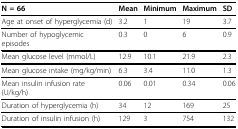
<table><thead><tr><td><b>N = 66</b></td><td><b>Mean</b></td><td><b>Minimum</b></td><td><b>Maximum</b></td><td><b>SD</b></td></tr></thead><tbody><tr><td>Age at onset of hyperglycemia (d)</td><td>3.2</td><td>1</td><td>19</td><td>3.7</td></tr><tr><td>Number of hypoglycemic episodes</td><td>0.3</td><td>0</td><td>6</td><td>0.9</td></tr><tr><td>Mean glucose level (mmol/L)</td><td>12.9</td><td>10.1</td><td>21.9</td><td>2.3</td></tr><tr><td>Mean glucose intake (mg/kg/min)</td><td>6.3</td><td>3.4</td><td>11.0</td><td>1.3</td></tr><tr><td>Mean insulin infusion rate (U/kg/h)</td><td>0.06</td><td>0.01</td><td>0.34</td><td>0.06</td></tr><tr><td>Duration of hyperglycemia (h)</td><td>34</td><td>12</td><td>169</td><td>25</td></tr><tr><td>Duration of insulin infusion (h)</td><td>129</td><td>3</td><td>754</td><td>132</td></tr></tbody></table>